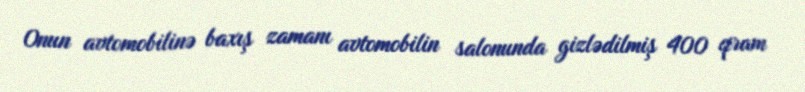
Onun avtomobilinə baxış zamanı avtomobilin salonunda gizlədilmiş 400 qram